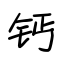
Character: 钙